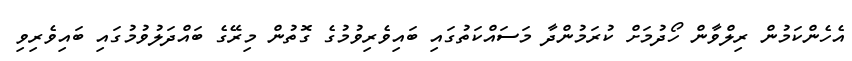
އެހެންކަމުން ރިލްވާން ހޯދުމަށް ކުރަމުންދާ މަސައްކަތުގައި ބައިވެރިވުމުގެ ގޮތުން މިރޭގެ ބައްދަލުވުމުގައި ބައިވެރިވި